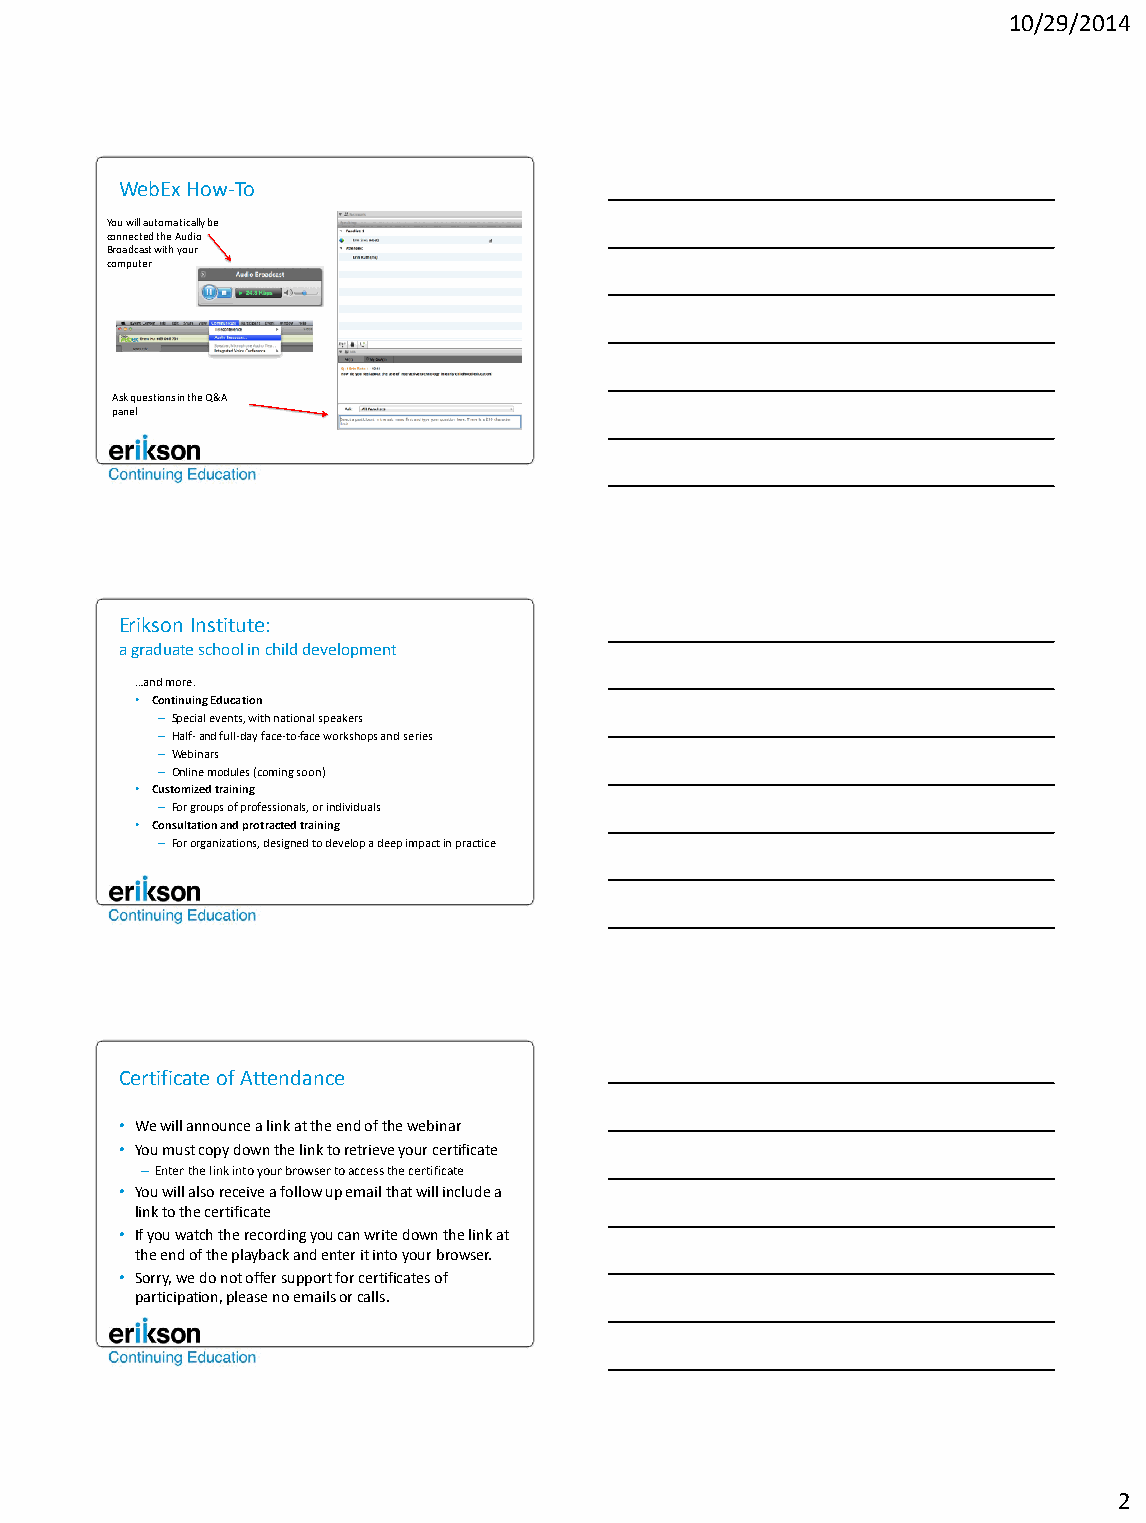
10/29/2014
 WebEx How-To
 You will automatically be
 connected the Audio
 Broadcast with your
 computer
 Ask questions in the Q&A
 panel
 Erikson Institute:
 a graduate school in child development
 …and more.
 • Continuing Education
 – Special events, with national speakers
 – Half- and full-day face-to-face workshops and series
 – Webinars
 – Online modules (coming soon)
 • Customized training
 – For groups of professionals, or individuals
 • Consultation and protracted training
 – For organizations, designed to develop a deep impact in practice
 Certificate of Attendance
 • We will announce a link at the end of the webinar
 • You must copy down the link to retrieve your certificate
 –Enter the link into your browser to access the certificate
 • You will also receive a follow up email that will include a
 link to the certificate
 • If you watch the recording you can write down the link at
 the end of the playback and enter it into your browser.
 • Sorry, we do not offer support for certificates of
 participation, please no emails or calls.
 2